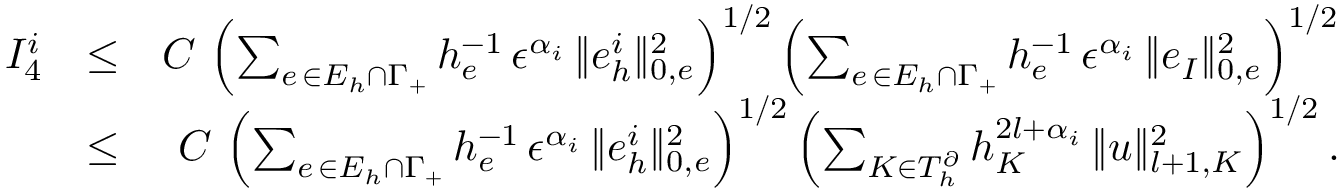
\begin{array} { r l r } { I _ { 4 } ^ { i } } & { \leq } & { C \, \left( \sum _ { e \, \in { \cal E } _ { h } \cap \Gamma _ { { + } } } h _ { e } ^ { - 1 } \, \epsilon ^ { \alpha _ { i } } \, \| e _ { h } ^ { i } \| _ { 0 , e } ^ { 2 } \right) ^ { 1 / 2 } \left( \sum _ { e \, \in { \cal E } _ { h } \cap \Gamma _ { { + } } } h _ { e } ^ { - 1 } \, \epsilon ^ { \alpha _ { i } } \, \| e _ { I } \| _ { 0 , e } ^ { 2 } \right) ^ { 1 / 2 } } \\ & { \leq } & { C \, \left( \sum _ { e \, \in { \cal E } _ { h } \cap \Gamma _ { { + } } } h _ { e } ^ { - 1 } \, \epsilon ^ { \alpha _ { i } } \, \| e _ { h } ^ { i } \| _ { 0 , e } ^ { 2 } \right) ^ { 1 / 2 } \left( \sum _ { K \in { \cal T } _ { h } ^ { \partial } } h _ { K } ^ { 2 l + \alpha _ { i } } \, \| u \| _ { l + 1 , K } ^ { 2 } \right) ^ { 1 / 2 } . } \end{array}